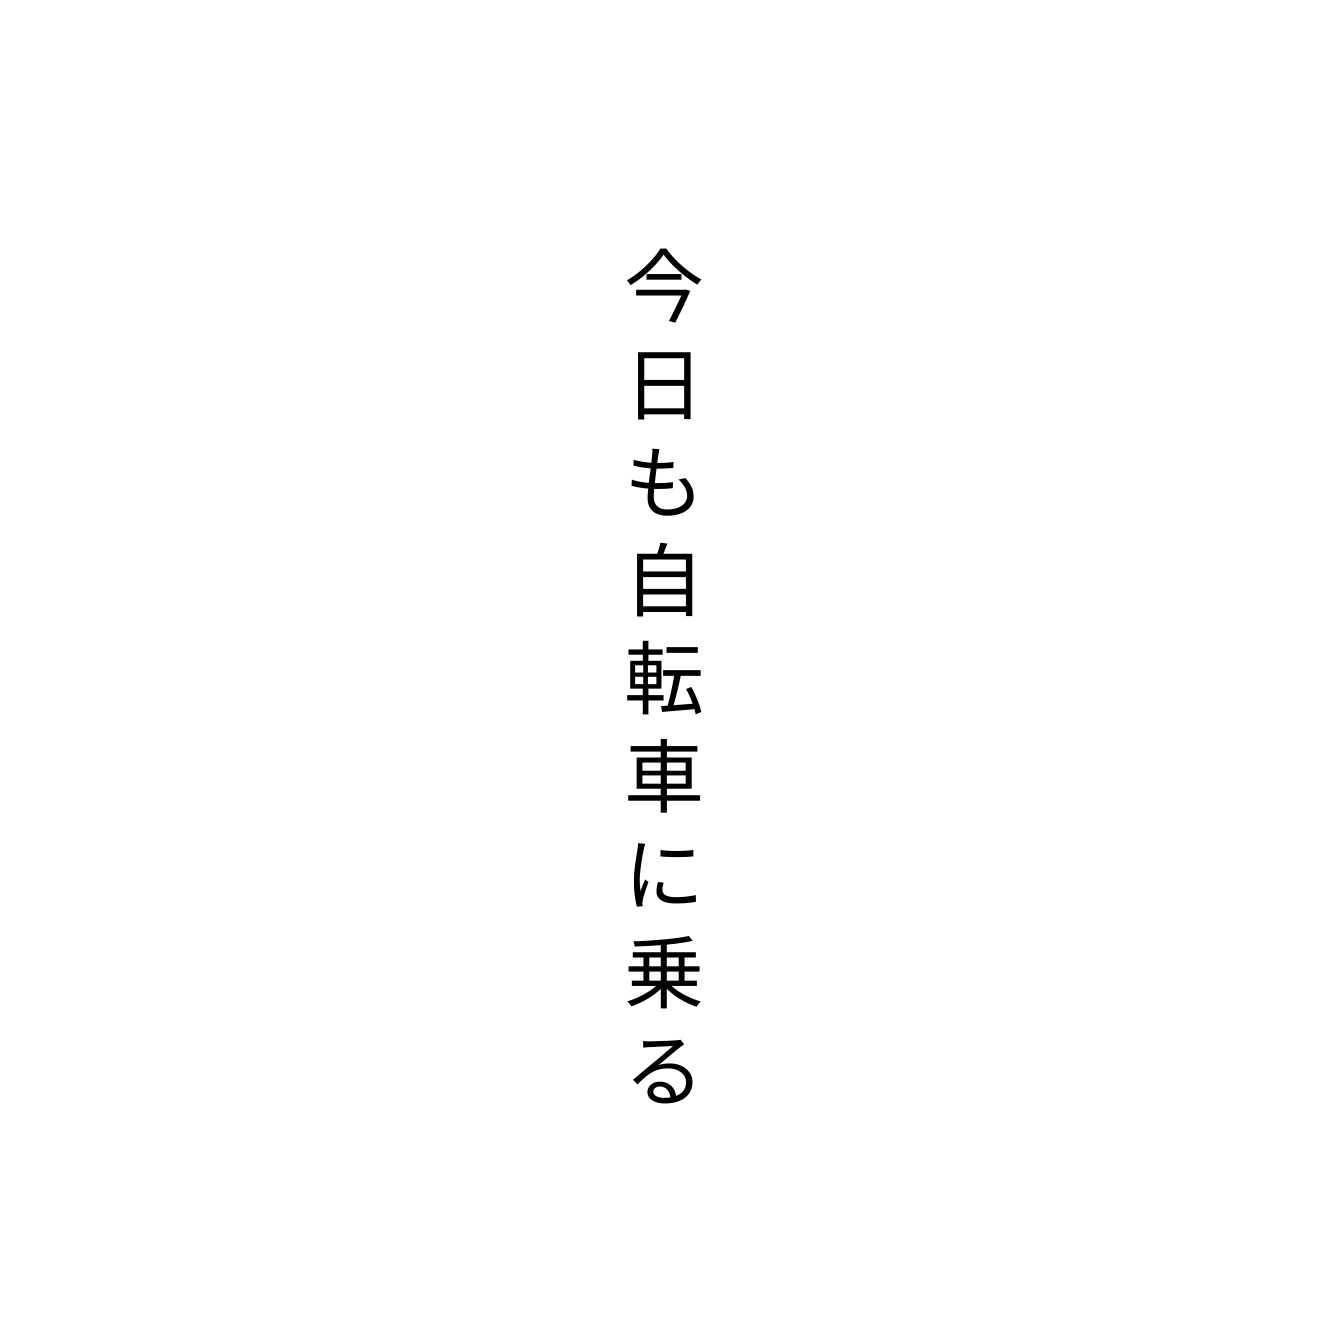
今日も自転車に乗る